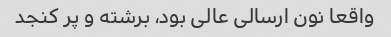
واقعا نون ارسالی عالی بود، برشته و پر کنجد